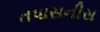
તપાસનીસ